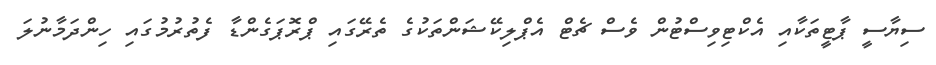
ސިޔާސީ ޕާޓީތަކާއި އެކްޓިވިސްޓުން ވެސް ޗެޓް އެޕްލިކޭޝަންތަކުގެ ތެރޭގައި ޕްރޮޕަގެންޑާ ފެތުރުމުގައި ހިންދަމާނުލަ